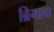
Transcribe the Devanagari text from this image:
ब्रिगाच